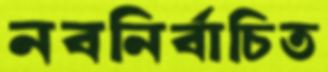
নবনির্বাচিত